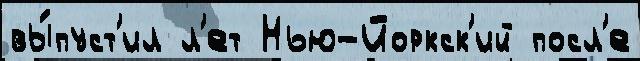
вы́пуст'ил л'ет Нью-Йоркск'ий посл'е